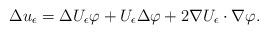
LaTeX: \begin{align*}\Delta u_{\epsilon}=\Delta U_{\epsilon}\varphi+U_{\epsilon}\Delta\varphi+2\nabla U_{\epsilon}\cdot\nabla\varphi.\end{align*}